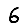
Digit: 6